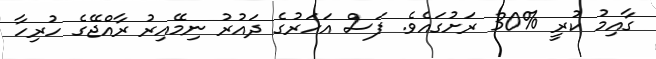
ގާއިމު ކުރީ %30 ރަށުގައެވެ. ފަސް އަހަރުގެ ދައުރު ނިމޭއިރު ރާއްޖޭގެ ހުރިހާ